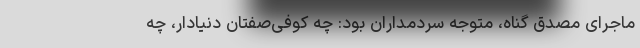
ماجرای مصدق گناه، متوجه سردمداران بود: چه کوفی‌صفتانِ دنیادار، چه